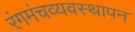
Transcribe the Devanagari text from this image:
रंगमंचव्यवस्थापन